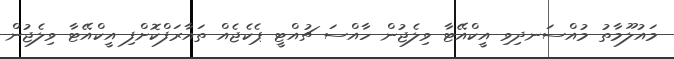
މައުލޫމާތު މުއްސަނދިވި އީކްއޭޓާ ވިލެޖުން ހާއްސަ ޗުއްޓީ ޕެކެޖެއް ތައާރަފްކޮށްފި އީކްއޭޓާ ވިލެޖުން